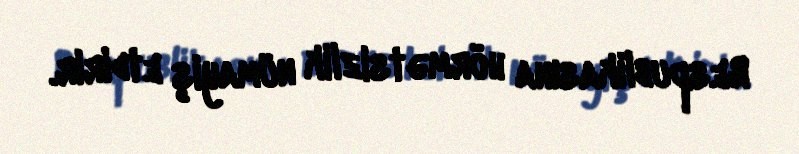
Respublikasına hörmətsizlik nümayiş etdirir.